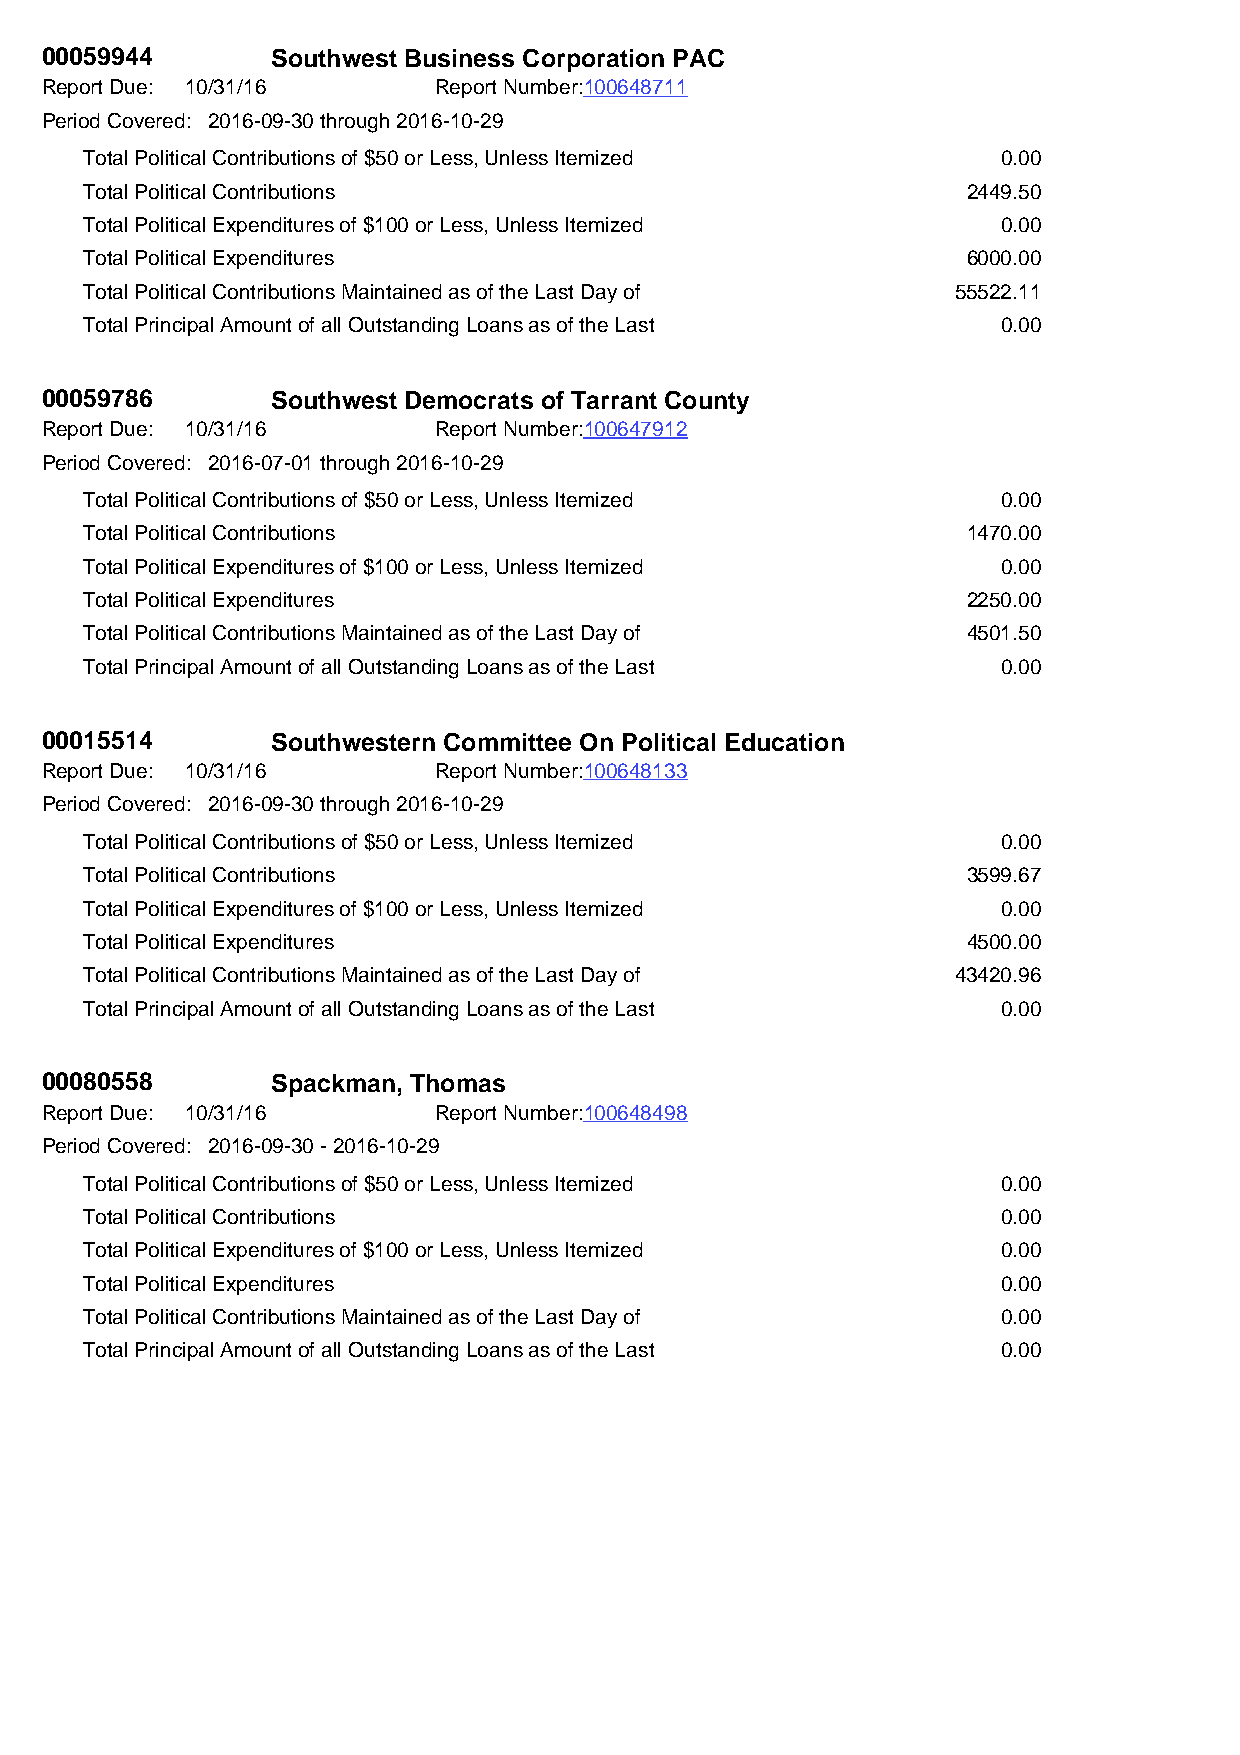
00059944       Southwest Business Corporation PAC
 Report Due: 10/31/16      Report Number:100648711
 Period Covered: 2016-09-30 through 2016-10-29
 Total Political Contributions of $50 or Less, Unless Itemized 0.00
 Total Political Contributions                             2449.50
 Total Political Expenditures of $100 or Less, Unless Itemized 0.00
 Total Political Expenditures                              6000.00
 Total Political Contributions Maintained as of the Last Day of 55522.11
 Total Principal Amount of all Outstanding Loans as of the Last 0.00
 00059786       Southwest Democrats of Tarrant County
 Report Due: 10/31/16      Report Number:100647912
 Period Covered: 2016-07-01 through 2016-10-29
 Total Political Contributions of $50 or Less, Unless Itemized 0.00
 Total Political Contributions                             1470.00
 Total Political Expenditures of $100 or Less, Unless Itemized 0.00
 Total Political Expenditures                              2250.00
 Total Political Contributions Maintained as of the Last Day of 4501.50
 Total Principal Amount of all Outstanding Loans as of the Last 0.00
 00015514       Southwestern Committee On Political Education
 Report Due: 10/31/16      Report Number:100648133
 Period Covered: 2016-09-30 through 2016-10-29
 Total Political Contributions of $50 or Less, Unless Itemized 0.00
 Total Political Contributions                             3599.67
 Total Political Expenditures of $100 or Less, Unless Itemized 0.00
 Total Political Expenditures                              4500.00
 Total Political Contributions Maintained as of the Last Day of 43420.96
 Total Principal Amount of all Outstanding Loans as of the Last 0.00
 00080558       Spackman, Thomas
 Report Due: 10/31/16      Report Number:100648498
 Period Covered: 2016-09-30 - 2016-10-29
 Total Political Contributions of $50 or Less, Unless Itemized 0.00
 Total Political Contributions                               0.00
 Total Political Expenditures of $100 or Less, Unless Itemized 0.00
 Total Political Expenditures                                0.00
 Total Political Contributions Maintained as of the Last Day of 0.00
 Total Principal Amount of all Outstanding Loans as of the Last 0.00